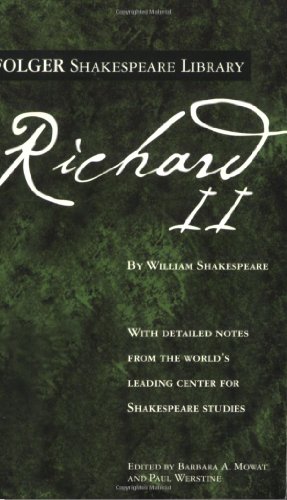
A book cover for Richard II (Folger Shakespeare Library); William Shakespeare; Literature & Fiction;